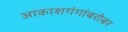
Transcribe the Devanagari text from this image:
आकाशगंगांबरोबर